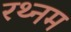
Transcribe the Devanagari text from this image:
रथ्नम